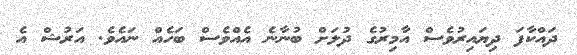
ދައްކާފަ ދިޔައިރުވެސް އާމިރުގެ ދުލަށް ބުނާނެ އެއްވެސް ބަހެއް ނައެވެ. އަރުޝް އެ